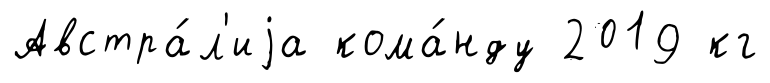
Австра́л'иjа кома́нду 2019 кг